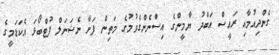
ގެންދިއުމާއި ރައީސް އަބްދު ޔާމީންގެ އިސްނެންގެވުމުގެ މަތިން ފަށާ ނެޝަނަލް ފުޓްބޯޅަ އެކަޑަމީގެ